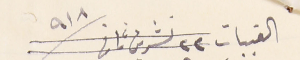
القبيات ٢٢ تشرين ثانى ١٩١٨